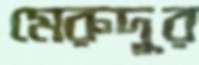
মেরুদূর